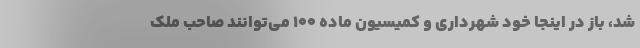
شد، باز در اینجا خود شهرداری و کمیسیون ماده ۱۰۰ می‌توانند صاحب ملک